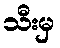
သီးမှ